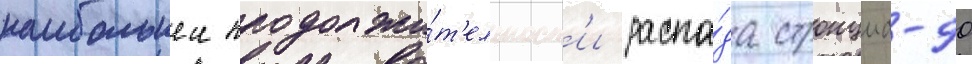
наибольшеи продолжи́т'ельност'и распа́да стронциа-90